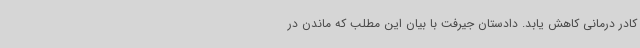
کادر درمانی کاهش یابد. دادستان جیرفت با بیان این مطلب که ماندن در